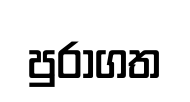
පුරාගත